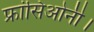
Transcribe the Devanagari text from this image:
फ्रांसिओनी।